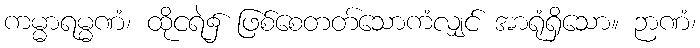
ကမ္မာရမ္မဏံ၊ ထိုငရဲ၌ ဖြစ်စေတတ်သောကံလျှင် အာရုံရှိသော။ ဉာဏံ၊